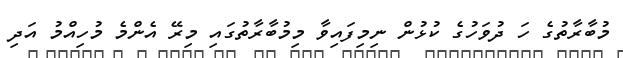
މުބާރާތުގެ ހަ ދުވަހުގެ ކުޅުން ނިމިފައިވާ މިމުބާރާތުގައި މިރޭ އެންމެ މުހިއްމު އަދި